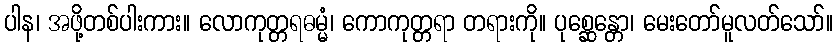
ပါန၊ အဖို့တစ်ပါးကား။ လောကုတ္တရဓမ္မံ၊ ကောကုတ္တရာ တရားကို။ ပုစ္ဆေန္တော၊ မေးတော်မူလတ်သော်။